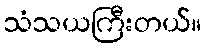
သံသယကြီးတယ်။